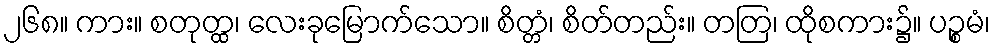
၂၆၈။ ကား။ စတုတ္ထ၊ လေးခုမြောက်သော။ စိတ္တံ၊ စိတ်တည်း။ တတြ၊ ထိုစကား၌။ ပဉ္စမံ၊